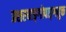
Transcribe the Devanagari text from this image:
प्रशस्याङ्‌गोपाङ्‌गयुक्त